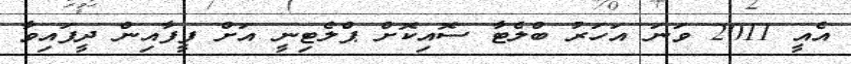
އެއީ 2011 ވަނަ އަހަރު ބްލެޓާ ސޮއިކޮށް ޕްލެޓިނީ އަށް ފީފާއިން ދީފައިވާ